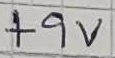
Text: +9V